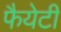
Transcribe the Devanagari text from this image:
फैयेटी